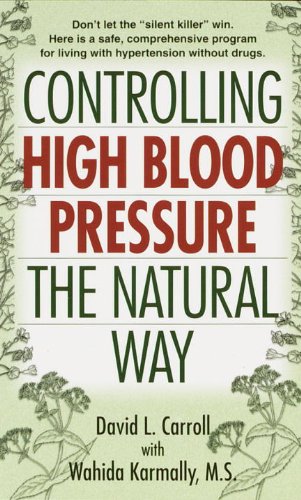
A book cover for Controlling High Blood Pressure the Natural Way; David Carroll; Health, Fitness & Dieting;